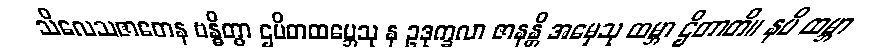
သိလေသဇာတေန ဗန္ဓိတွာ ဌပိတထမ္ဘေသု န ဥဒုက္ခလာ ဇာနန္တိ အမှေသု ထမ္ဘာ ဌိတာတိ။ နပိ ထမ္ဘာ